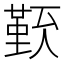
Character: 𠏏